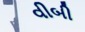
વીબી